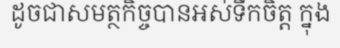
ដូចជាសមត្ថកិច្ចបានអស់ទឹកចិត្ត ក្នុង